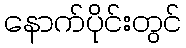
နောက်ပိုင်းတွင်